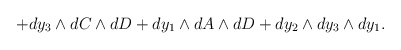
\begin{align*}+dy_{3} \wedge dC \wedge dD +dy_{1} \wedge dA \wedge dD+dy_{2} \wedge dy_3 \wedge dy_1.\end{align*}